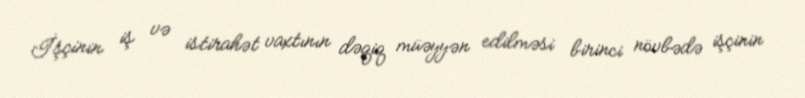
İşçinin iş və istirahət vaxtının dəqiq müəyyən edilməsi birinci növbədə işçinin